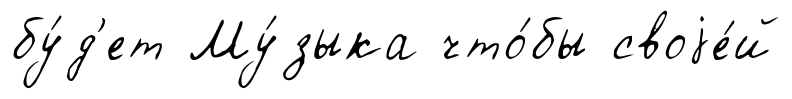
бу́д'ет Му́зыка что́бы своjе́й